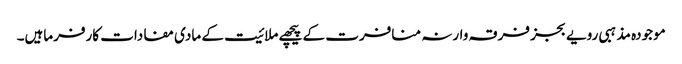
موجودہ مذہبی رویے بجز فرقہ وارنہ منافرت کے پیچھے ملائیت کے مادی مفادات کارفرماہیں۔